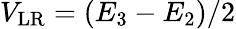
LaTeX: V_{\mathrm{LR}}=(E_{3}-E_{2})/2